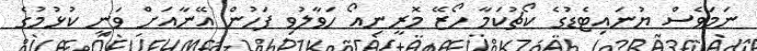
ނަމަވެސް ޔުނައިޓެޑުގެ ކޯޗުކަމާ ހޯޒޭ މޮރީނިއޯ ހަވާލުވި ފަހުން އޭނާއަށް ވަނީ ކުޅުމުގެ